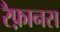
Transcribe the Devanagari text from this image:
रैफ़ानस